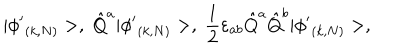
| { \phi ^ { \prime } } _ { ( k , N ) } > , \; \hat { Q } ^ { a } | { \phi ^ { \prime } } _ { ( k , N ) } > , \; \frac { 1 } { 2 } \varepsilon _ { a b } \hat { Q } ^ { a } \hat { Q } ^ { b } | { \phi ^ { \prime } } _ { ( k , N ) } > ,